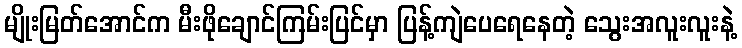
မျိုးမြတ်အောင်က မီးဖိုချောင်ကြမ်းပြင်မှာ ပြန့်ကျဲပေရေနေတဲ့ သွေးအလူးလူးနဲ့